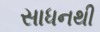
સાધનથી